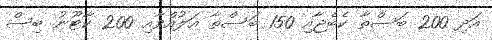
އަދި 200 ބަސްތާ ކެބެޖާއި 150 ބަސްތާ އަލުއްވާއި 200 ކާޓޫނު ބިސް